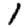
Digit: 1